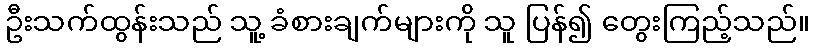
ဦးသက်ထွန်းသည် သူ့ ခံစားချက်များကို သူ ပြန်၍ တွေးကြည့်သည်။